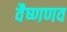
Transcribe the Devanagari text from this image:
वैष्णणव